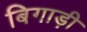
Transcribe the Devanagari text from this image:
बिगाड़ी